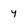
Character: y